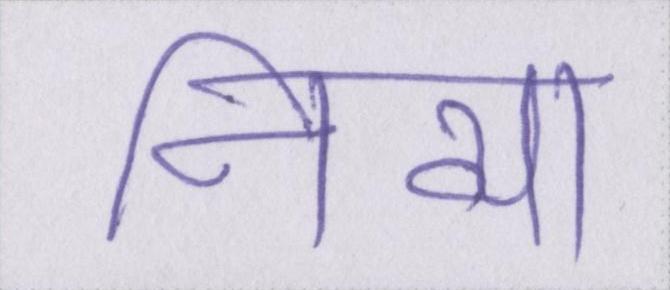
निव्या